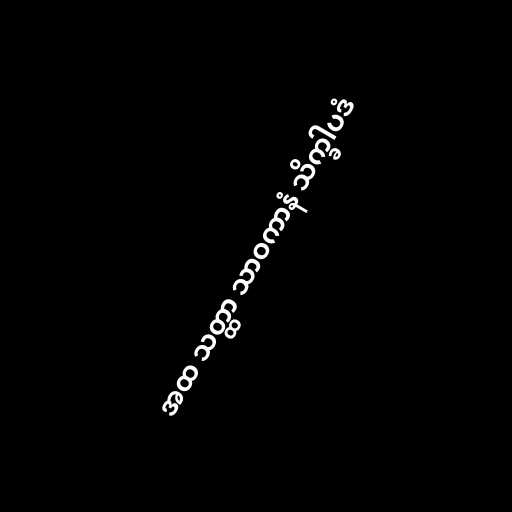
အထ သတ္ထာ သာဝကာနံ သိက္ခါပဒံ